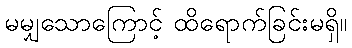
မမျှသောကြောင့် ထိရောက်ခြင်းမရှိ။